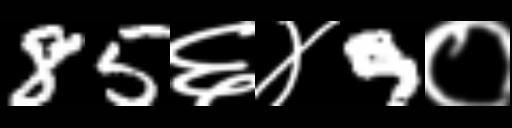
Text: 85६४9०